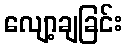
လျော့ချခြင်း